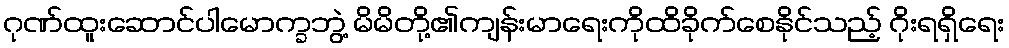
ဂုဏ်ထူးဆောင်ပါမောက္ခဘွဲ့ မိမိတို့၏ကျန်းမာရေးကိုထိခိုက်စေနိုင်သည့် ဂိုးရရှိရေး